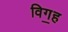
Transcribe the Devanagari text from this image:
विग॒ह